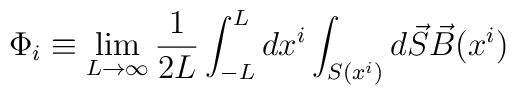
\Phi_i\equiv \lim_{L\rightarrow\infty}\frac{1}{2L}\int_{-L}^L d x^i\int_{S(x^i)} d\vec S\vec B(x^i)